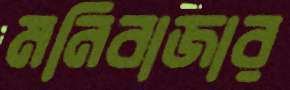
মনিবাজার